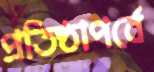
প্রতিষ্ঠাপর্বে